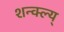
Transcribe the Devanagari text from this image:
शन्क्ल्य्